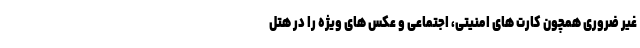
غیر ضروری همچون کارت های امنیتی، اجتماعی و عکس های ویژه را در هتل